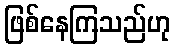
ဖြစ်နေကြသည်ဟု